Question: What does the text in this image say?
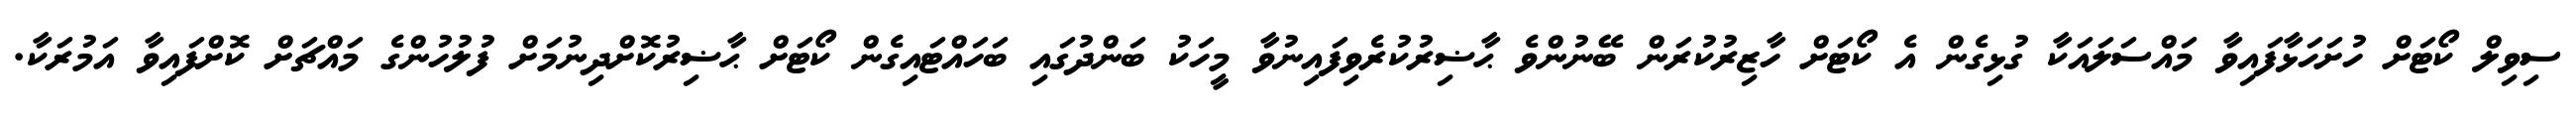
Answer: ސިވިލް ކޯޓަށް ހުށަހަޅާފައިވާ މައްސަލައަކާ ގުޅިގެން އެ ކޯޓަށް ހާޒިރުކުރަން ބޭނުންވެ ޙާޟިރުކުރެވިފައިނުވާ މީހަކު ބަންދުގައި ބަހައްޓައިގެން ކޯޓަށް ޙާޟިރުކޮށްދިނުމަށް ފުލުހުންގެ މައްޗަށް ކޮށްފައިވާ އަމުރަކާ.